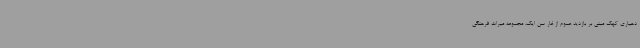
دهیاری کهک مبنی بر بازدید عموم از غار سن ایک، مجموعه میراث فرهنگی